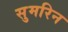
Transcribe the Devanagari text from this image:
सुमरिन